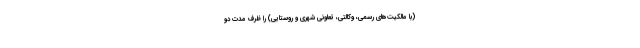
(با مالکیت‌های رسمی، وکالتی، تعاونی شهری و روستایی) را ظرف مدت دو